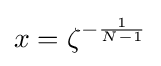
x=\zeta ^{-{\frac {1}{N-1}}}